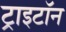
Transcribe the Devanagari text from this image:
ट्राइटॉन